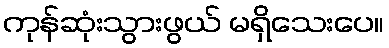
ကုန်ဆုံးသွားဖွယ် မရှိသေးပေ။